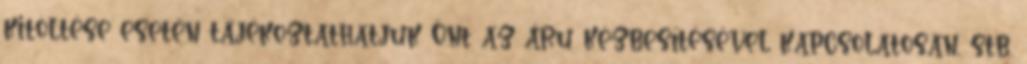
kitöltése esetén tájékoztathatjuk Önt az áru kézbesítésével kapcsolatosan, stb.